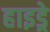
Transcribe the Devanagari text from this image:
हाइड्रे